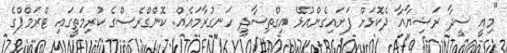
"މިއީ ސީދާ ރަޝިޔާއާ ދެކޮޅަށް ފަށައިގެންއުޅޭ އިގްތިސާދީ ހަނގުރާމައެއް. ކޮންގްރެސްގެ ކުރިމަތީގައި ޓްރަމްޕްގެ